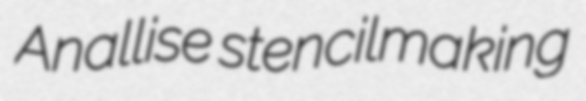
Anallise stencilmaking